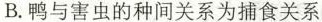
B.鸭与害虫的种间关系为捕食关系